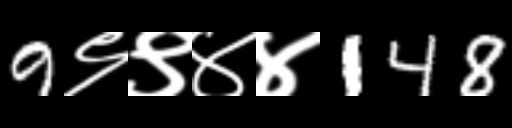
Text: 9९९४४148